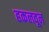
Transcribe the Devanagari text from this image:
हकलवून